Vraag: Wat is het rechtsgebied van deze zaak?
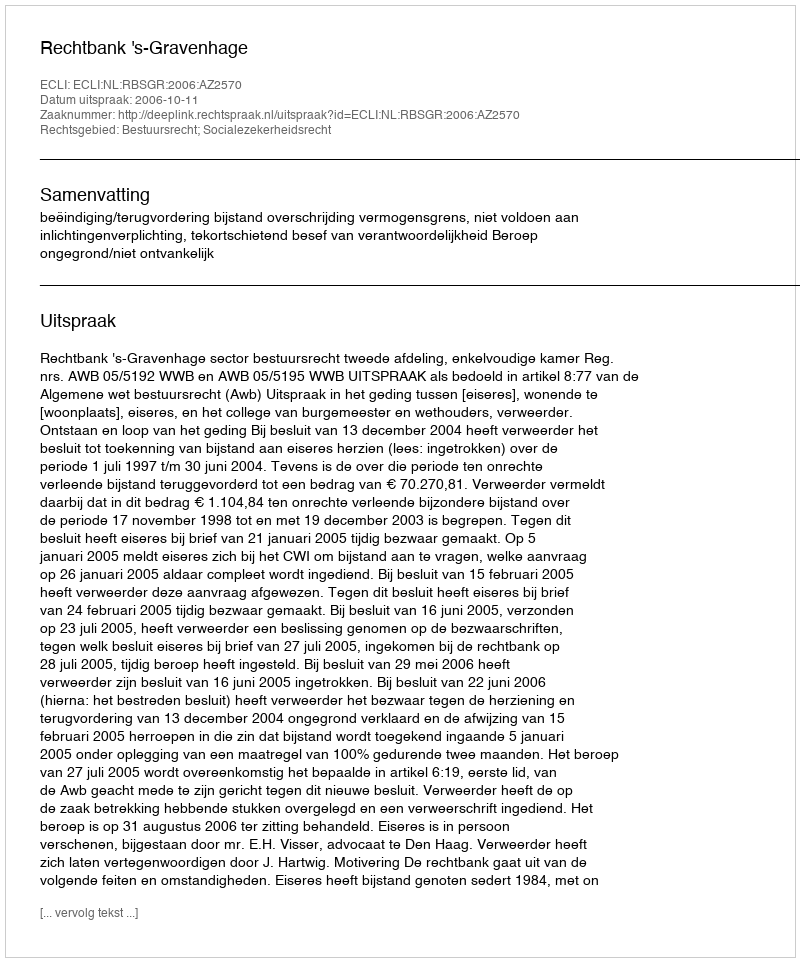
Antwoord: Bestuursrecht; Socialezekerheidsrecht